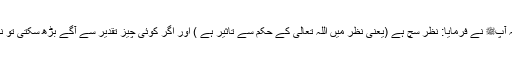
1454: سیدنا ابن عباسؓ نبیﷺ سے روایت کرتے ہوئے کہتے ہیں کہ آپﷺ نے فرمایا: نظر سچ ہے (یعنی نظر میں اللہ تعالیٰ کے حکم سے تاثیر ہے ) اور اگر کوئی چیز تقدیر سے آگے بڑھ سکتی تو نظر ہی بڑھ جاتی (لیکن تقدیر سے کوئی چیز آگے بڑھنے والی نہیں)۔